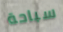
سباحة